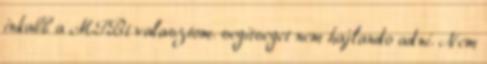
inkabb a MTBt valasztom. segitseget nem hajlando adni. Nem